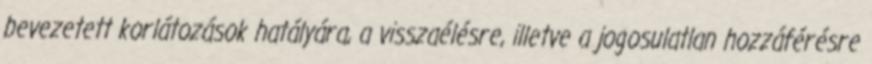
bevezetett korlátozások hatályára, a visszaélésre, illetve a jogosulatlan hozzáférésre